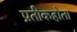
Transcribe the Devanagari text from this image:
प्रतीकहोता